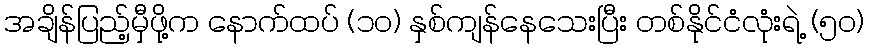
အချိန်ပြည့်မှီဖို့က နောက်ထပ် (၁၀) နှစ်ကျန်နေသေးပြီး တစ်နိုင်ငံလုံးရဲ့ (၅၀)